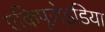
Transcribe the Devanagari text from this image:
एकिपूरोइडिया